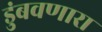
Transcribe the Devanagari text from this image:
डुंबवणारा